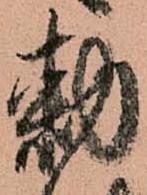
勅